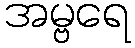
အမ္ဗရေ